65_HS1-834228961_62-HQ-83894_Section_6
Agency: FBI
Page 116
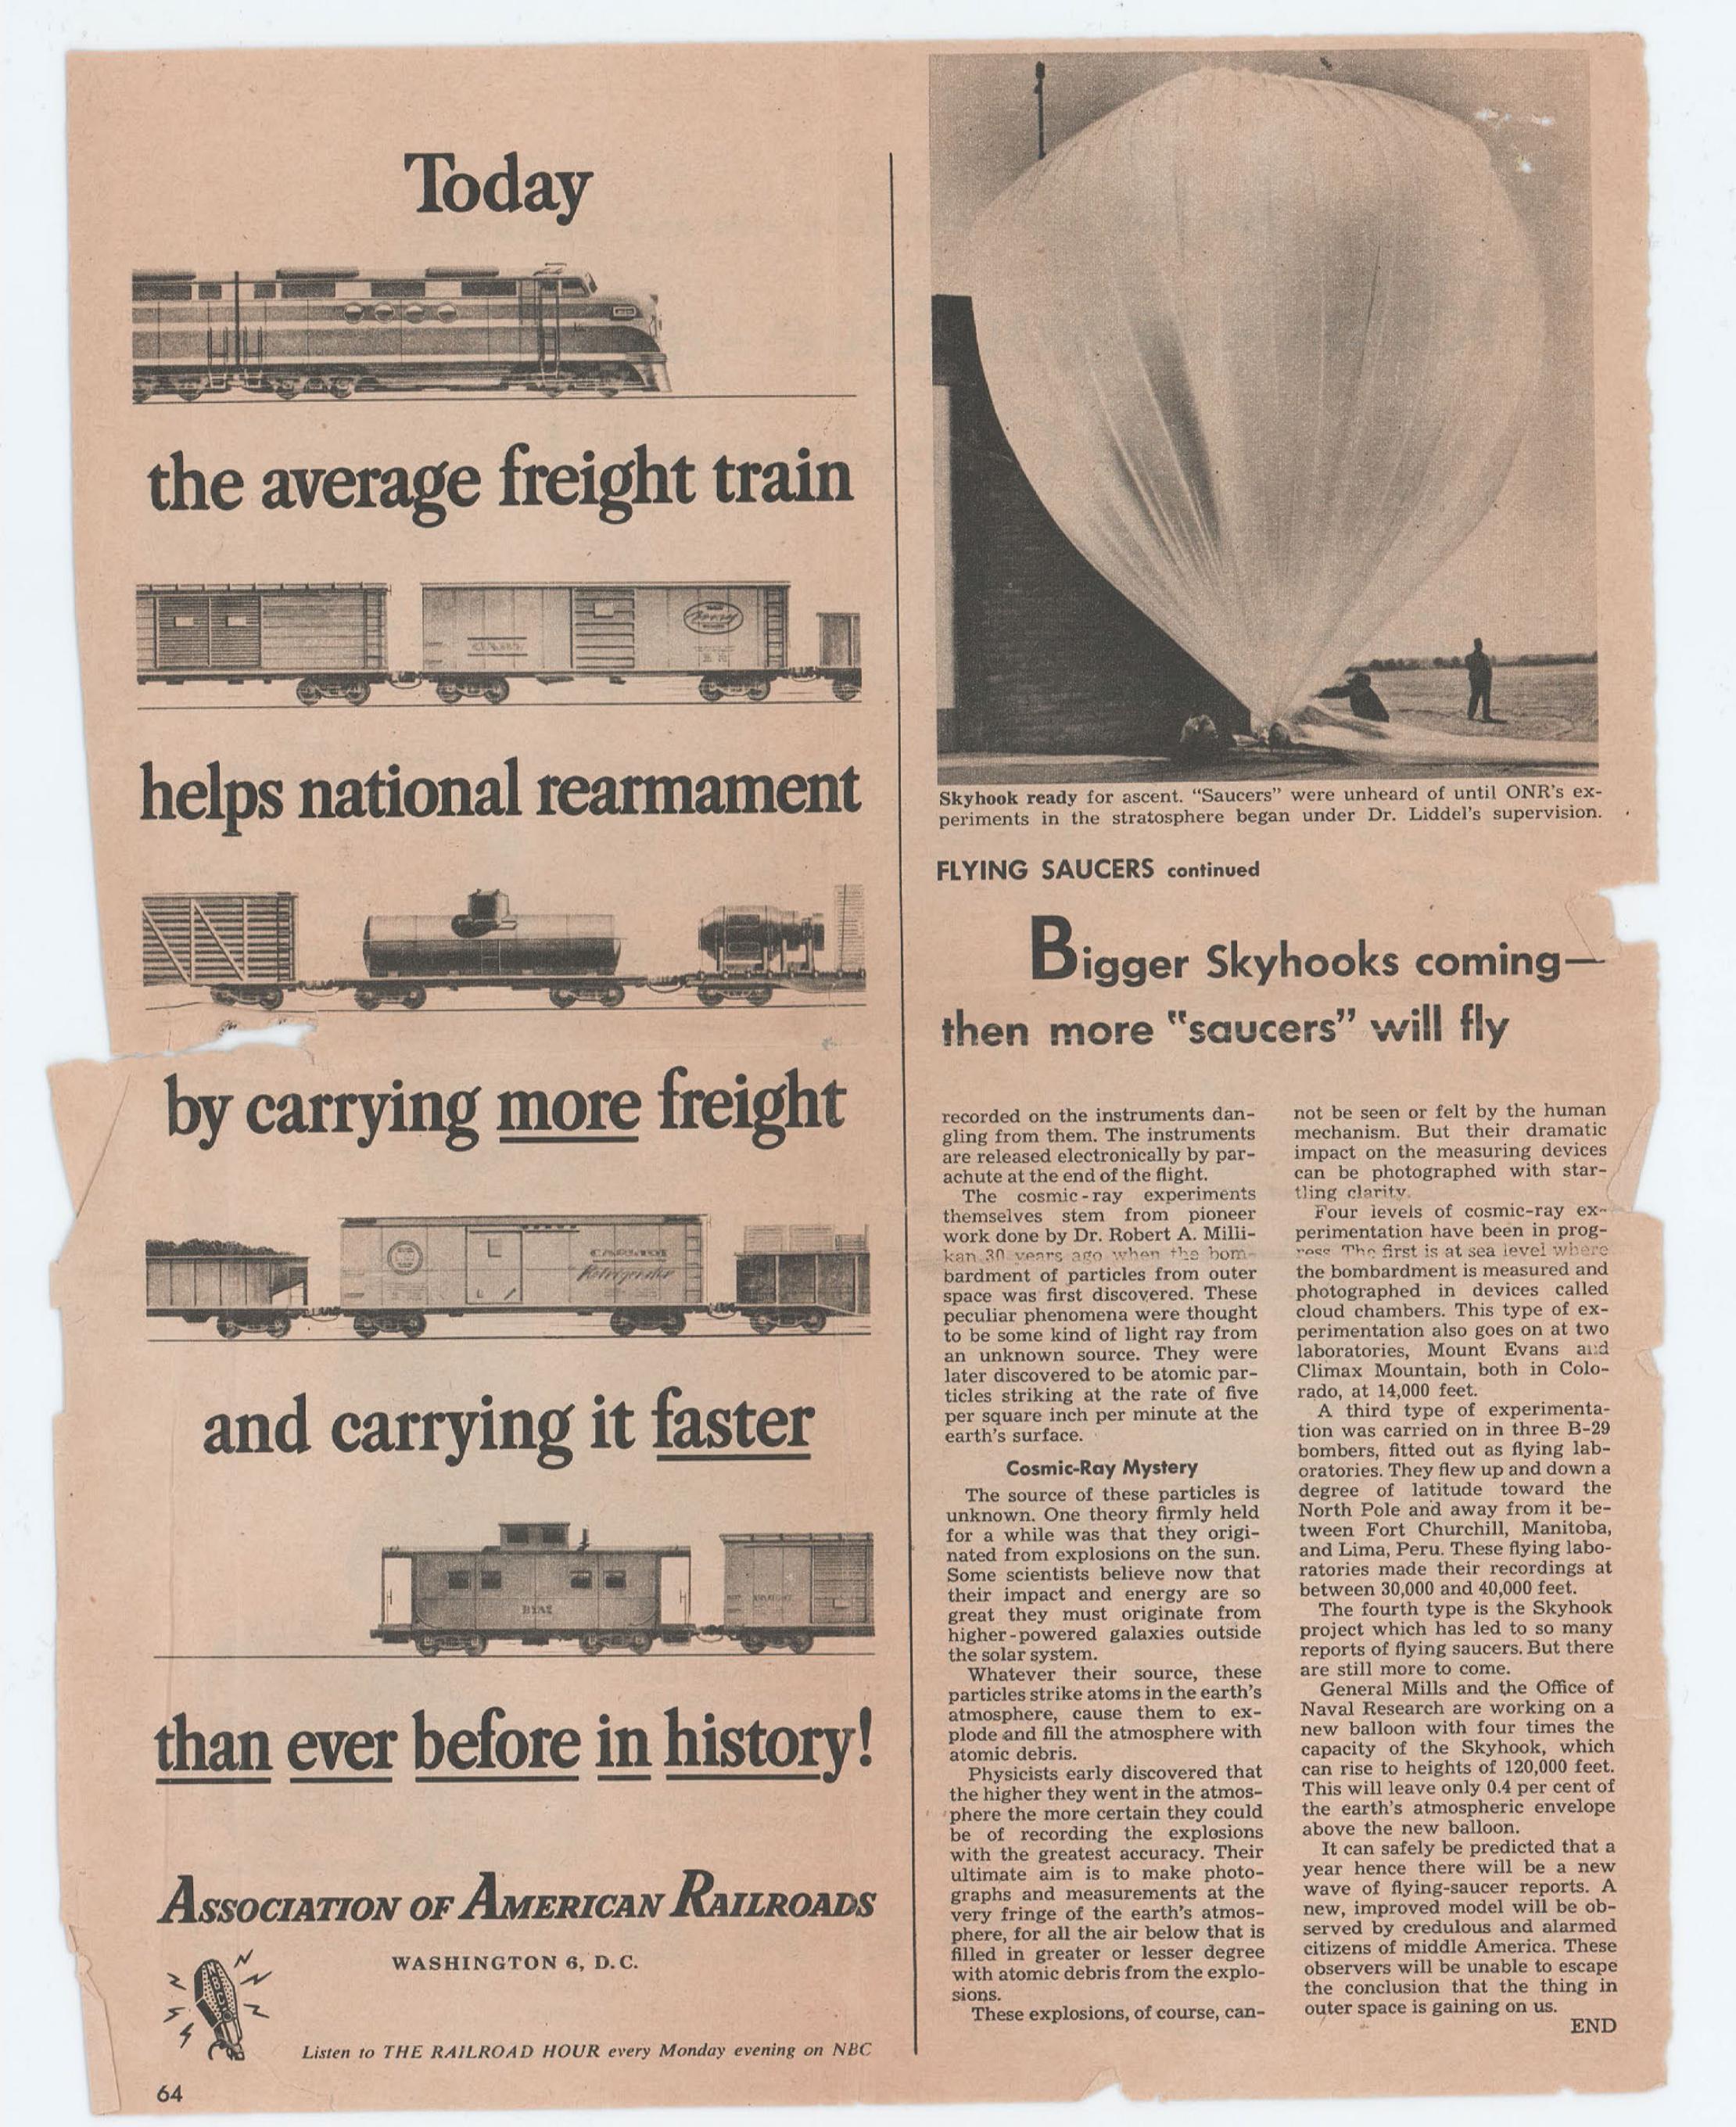